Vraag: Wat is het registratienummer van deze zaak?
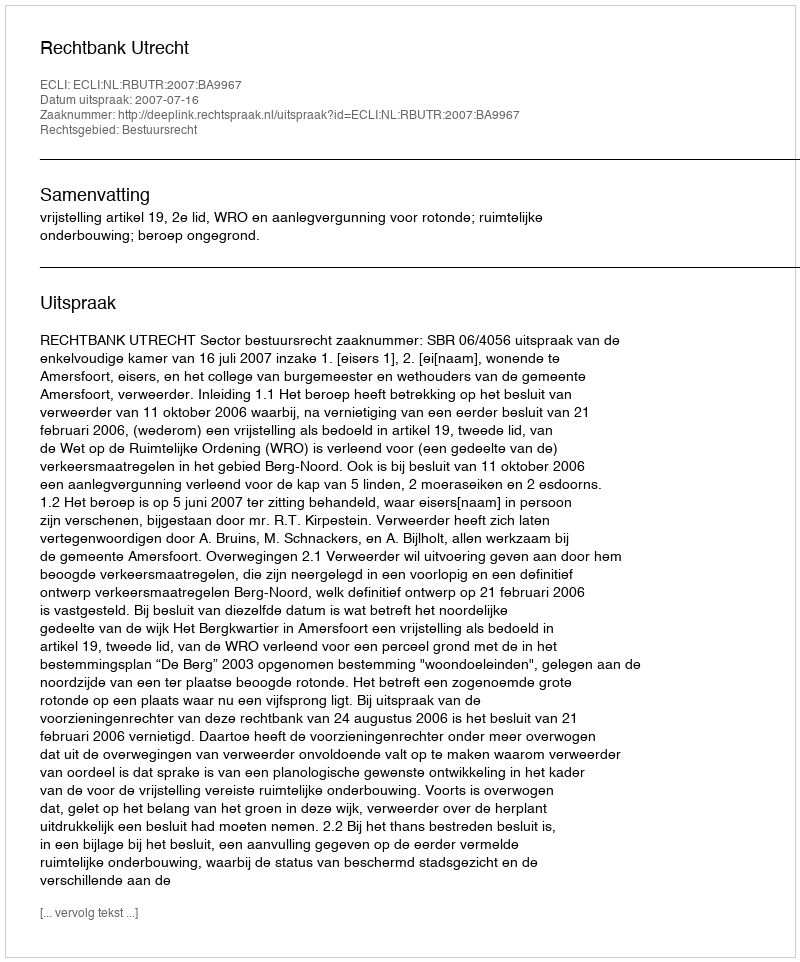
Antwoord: http://deeplink.rechtspraak.nl/uitspraak?id=ECLI:NL:RBUTR:2007:BA9967